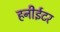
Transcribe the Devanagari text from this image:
हनीईटर